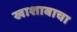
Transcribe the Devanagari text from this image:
खाशाबाचा